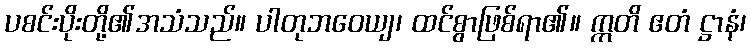
ပစင်းပိုးတို့၏အသံသည်။ ပါတုဘဝေယျ၊ ထင်စွာဖြစ်ရာ၏။ ဣတိ ဧတံ ဋ္ဌာနံ၊